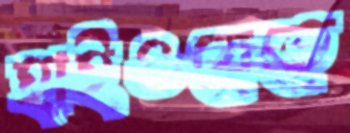
হাইওয়েতে